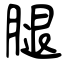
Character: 腿